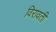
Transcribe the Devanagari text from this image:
विरावती